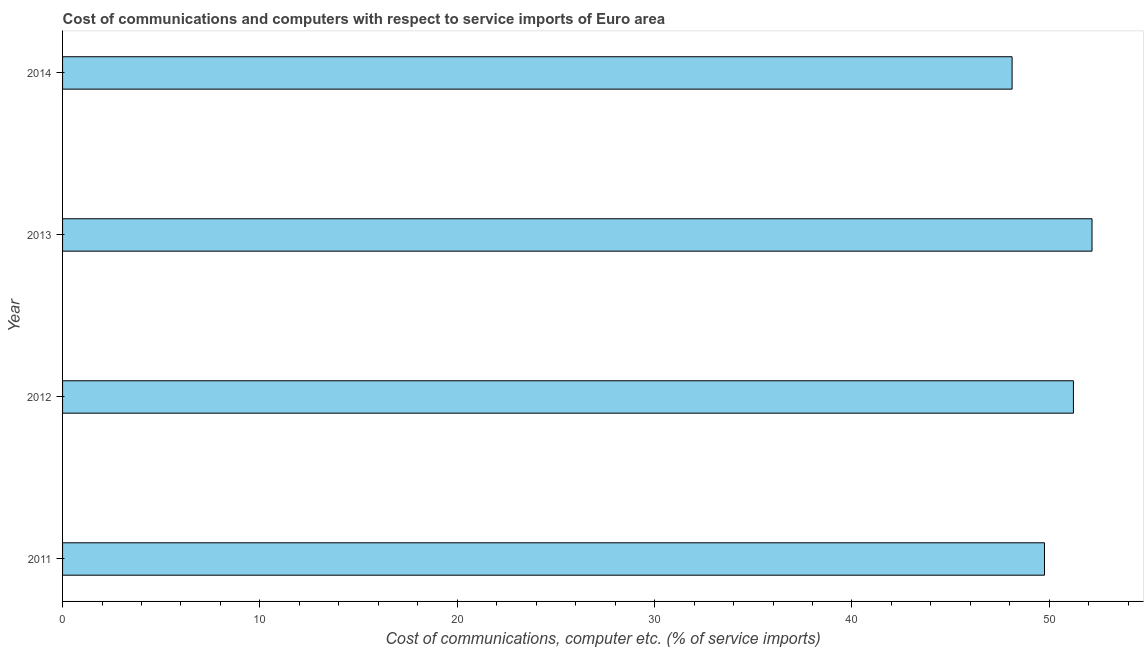
| Year | Communications |
 | --- | --- |
 | 2011 | 49.8 |
 | 2012 | 51.2 |
 | 2013 | 52.2 |
 | 2014 | 48.1 |